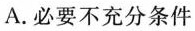
A.必要不充分条件